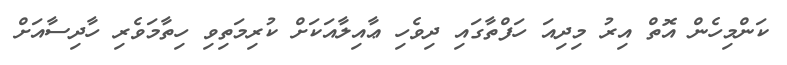
ކަންމިހެން އޮތް އިރު މިދިއަ ހަފްތާގައި ދިވެހި ޢާއިލާއަކަށް ކުރިމަތިވި ހިތާމަވެރި ހާދިސާއަށް